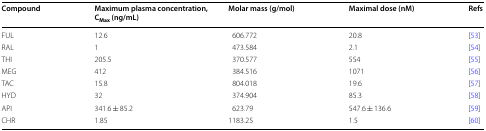
<table><thead><tr><td><b>Compound</b></td><td><b>Maximum plasma concentration, C<sub>Max</sub> (ng/mL)</b></td><td><b>Molar mass (g/mol)</b></td><td><b>Maximal dose (nM)</b></td><td><b>Refs</b></td></tr></thead><tbody><tr><td>FUL</td><td>12.6</td><td>606.772</td><td>20.8</td><td>[53]</td></tr><tr><td>RAL</td><td>1</td><td>473.584</td><td>2.1</td><td>[54]</td></tr><tr><td>THI</td><td>205.5</td><td>370.577</td><td>554</td><td>[55]</td></tr><tr><td>MEG</td><td>412</td><td>384.516</td><td>1071</td><td>[56]</td></tr><tr><td>TAC</td><td>15.8</td><td>804.018</td><td>19.6</td><td>[57]</td></tr><tr><td>HYD</td><td>32</td><td>374.904</td><td>85.3</td><td>[58]</td></tr><tr><td>API</td><td>341.6 ± 85.2</td><td>623.79</td><td>547.6 ± 136.6</td><td>[59]</td></tr><tr><td>CHR</td><td>1.85</td><td>1183.25</td><td>1.5</td><td>[60]</td></tr></tbody></table>